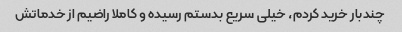
چندبار خرید کردم، خیلی سریع بدستم رسیده و کاملا راضیم از خدماتش